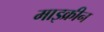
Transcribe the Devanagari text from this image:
माइक्रीन